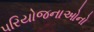
પરિયોજનાઓનો